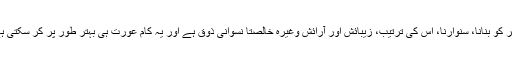
گھر کو بنانا، سنوارنا، اس کی ترتیب، زیبائش اور آرائش وغیرہ خالصتاً نسوانی ذوق ہے اور یہ کام عورت ہی بہتر طور پر کر سکتی ہے۔